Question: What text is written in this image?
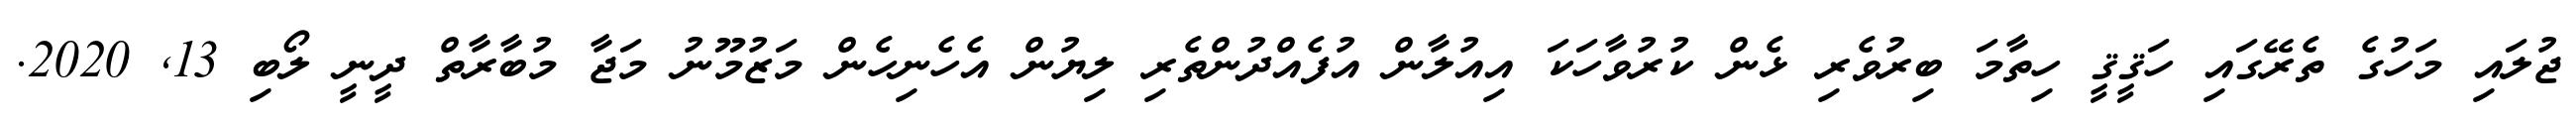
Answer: ޖުލައި މަހުގެ ތެރޭގައި ހަޤީޤީ ހިތާމަ ބިރުވެރި ޅެން ކުރުވާހަކަ އިއުލާން އުފެއްދުންތެރި ލިޔުން އެހެނިހެން މަޒުމޫނު މަޖާ މުބާރާތް ދީނީ ލޯބި 13, 2020.